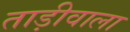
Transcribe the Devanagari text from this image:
ताड़ीवाला